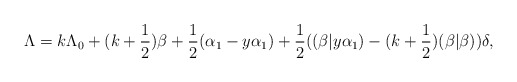
\begin{align*}\Lambda=k\Lambda_0+(k+\frac{1}{2})\beta+\frac{1}{2}(\alpha_1-y\alpha_1)+\frac{1}{2}((\beta|y\alpha_1)-(k+\frac{1}{2})(\beta|\beta))\delta,\end{align*}